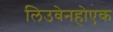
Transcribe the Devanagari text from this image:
लिउवेनहोएक